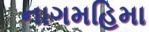
નાગમહિમા